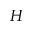
H